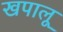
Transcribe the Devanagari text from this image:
खपालू